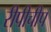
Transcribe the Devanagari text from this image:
रीपीचीप